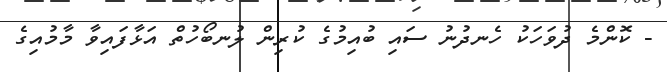
- ކޮންމެ ދުވަހަކު ހެނދުނު ސައި ބުއިމުގެ ކުރިން ލުނބޯހުތް އަޅާފައިވާ މާމުއިގެ